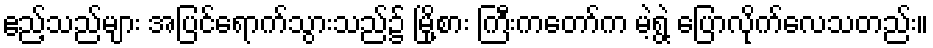
ဧည့်သည်များ အပြင်ရောက်သွားသည်၌ မြို့စား ကြီးကတော်က မဲ့ရွဲ့ ပြောလိုက်လေသတည်း။